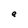
Character: a